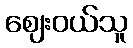
ဈေးဝယ်သူ